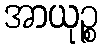
အာယုဉ္စ